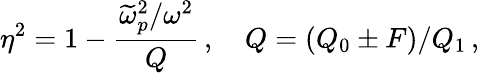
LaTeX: \eta^{2}=1-\frac{\widetilde{\omega}_{p}^{2}/\omega^{2}}{Q}\, ,\quad Q=\left(Q_{0}\pm F\right)/Q_{1}\, ,